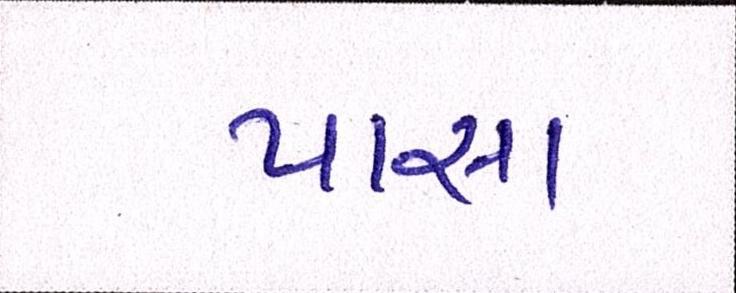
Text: પાસા